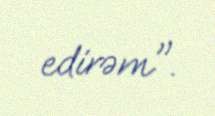
edirəm".